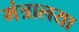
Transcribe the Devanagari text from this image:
मंत्रालया